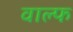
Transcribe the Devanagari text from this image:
वाल्फ